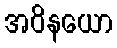
အဝိနယော